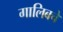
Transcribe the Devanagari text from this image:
गालिबचे